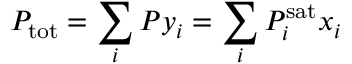
P _ { \mathrm { { t o t } } } = \sum _ { i } P y _ { i } = \sum _ { i } P _ { i } ^ { \mathrm { { s a t } } } x _ { i }